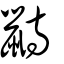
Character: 鼭